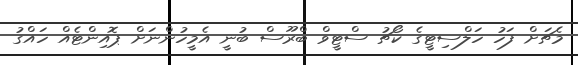
މެޗަށް ފަހު ހަލްސިޓީގެ ކޯޗު ސްޓީވް ބްރޫސް ބުނީ އެމީހުންނަށް ޕޮއިންޓެއް ހައްގު